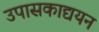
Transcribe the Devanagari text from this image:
उपासकाद्ययन